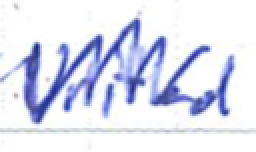
Text: United
Cross-out: zig-zag
Writing tool: ballpoint